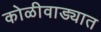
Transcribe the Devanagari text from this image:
कोळीवाड्यात